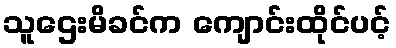
သူဌေးမိခင်က ကျောင်းထိုင်ပင့်